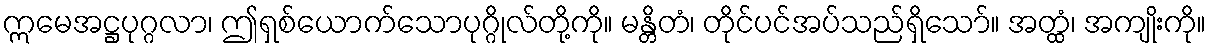
ဣမေအဋ္ဌပုဂ္ဂလာ၊ ဤရှစ်ယောက်သောပုဂ္ဂိုလ်တို့ကို။ မန္တိတံ၊ တိုင်ပင်အပ်သည်ရှိသော်။ အတ္ထံ၊ အကျိုးကို။